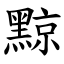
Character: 黥